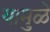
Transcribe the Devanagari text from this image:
यामु़ळे